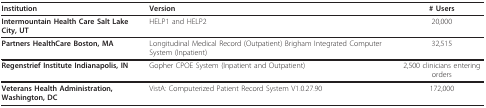
| Institution | Version | # Users |
 | --- | --- | --- |
 | Intermountain Health Care Salt Lake City, UT | HELP1 and HELP2 | 20,000 |
 | Partners HealthCare Boston, MA | Longitudinal Medical Record (Outpatient) Brigham Integrated Computer System (Inpatient) | 32,515 |
 | Regenstrief Institute Indianapolis, IN | Gopher CPOE System (Inpatient and Outpatient) | 2,500 clinicians entering orders |
 | Veterans Health Administration, Washington, DC | VistA: Computerized Patient Record System V1.0.27.90 | 172,000 |